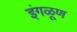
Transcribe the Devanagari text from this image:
इंगळूण